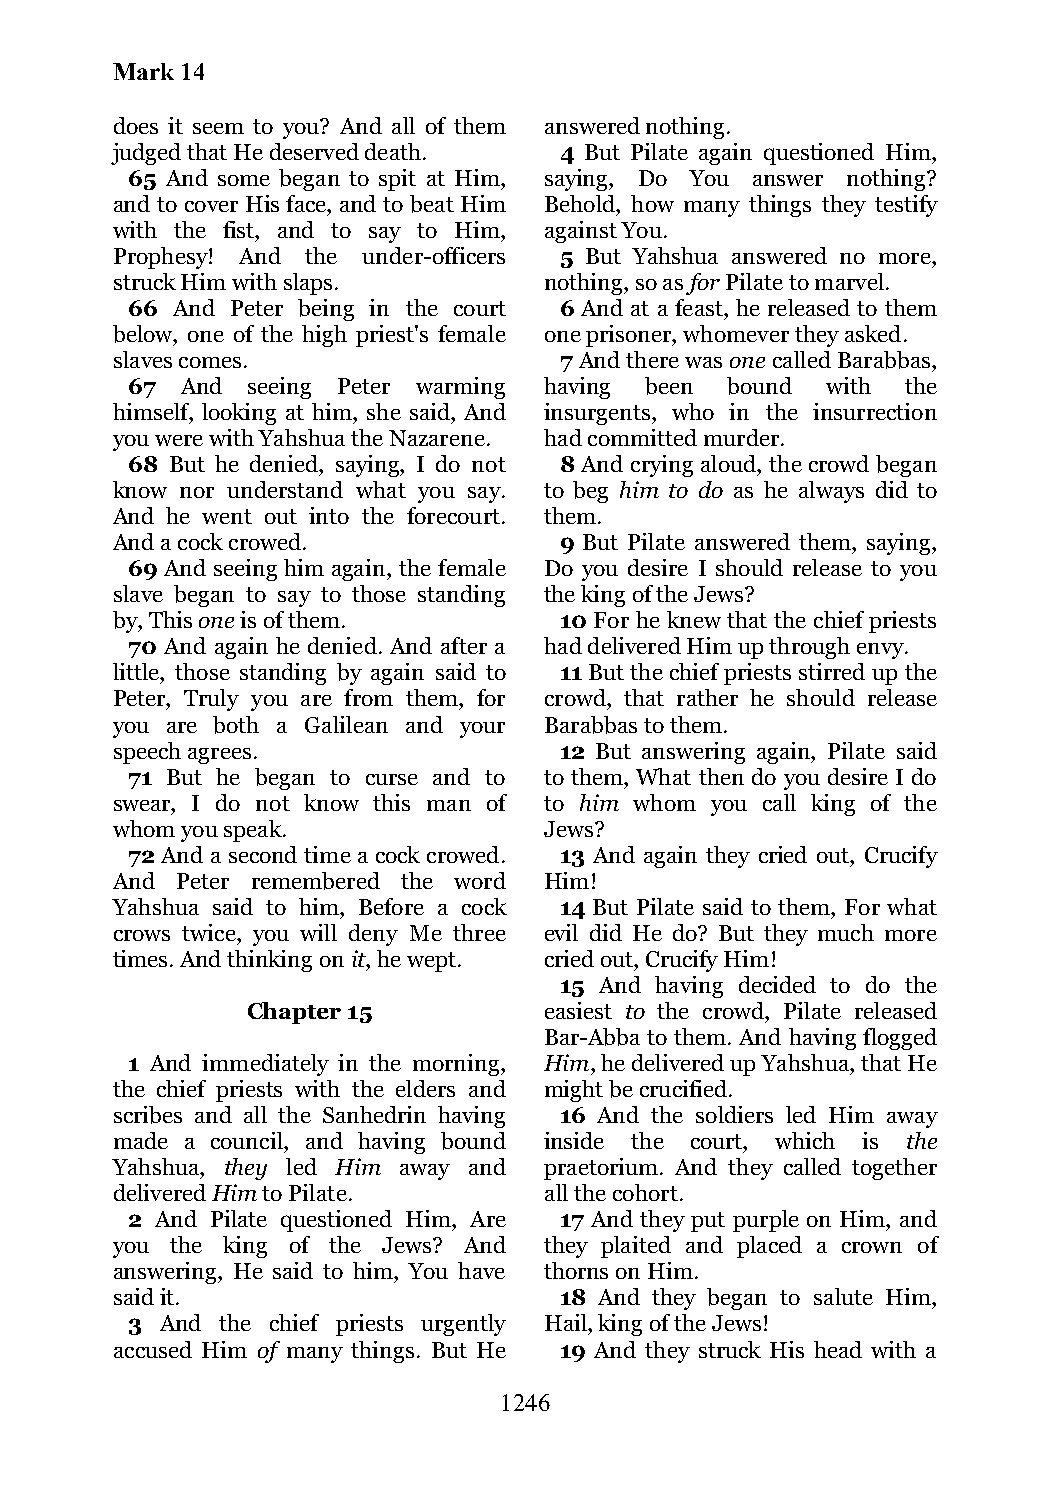
Mark 14
 does it seem to you? And all of them answered nothing.
 judged that He deserved death. 4 But Pilate again questioned Him,
 65 And some began to spit at Him, saying, Do You answer nothing?
 and to cover His face, and to beat Him Behold, how many things they testify
 with the fist, and to say to Him, against You.
 Prophesy! And the under-officers 5 But Yahshua answered no more,
 struck Him with slaps.       nothing, so as for Pilate to marvel.
 66 And Peter being in the court 6 And at a feast, he released to them
 below, one of the high priest's female one prisoner, whomever they asked.
 slaves comes.                 7 And there was one called Barabbas,
 67  And seeing Peter warming having been bound with the
 himself, looking at him, she said, And insurgents, who in the insurrection
 you were with Yahshua the Nazarene. had committed murder.
 68 But he denied, saying, I do not 8 And crying aloud, the crowd began
 know nor understand what you say. to beg him to do as he always did to
 And he went out into the forecourt. them.
 And a cock crowed.            9 But Pilate answered them, saying,
 69 And seeing him again, the female Do you desire I should release to you
 slave began to say to those standing the king of the Jews?
 by, This one is of them.      10 For he knew that the chief priests
 70 And again he denied. And after a had delivered Him up through envy.
 little, those standing by again said to 11 But the chief priests stirred up the
 Peter, Truly you are from them, for crowd, that rather he should release
 you are both a Galilean and your Barabbas to them.
 speech agrees.                12 But answering again, Pilate said
 71 But he began to curse and to to them, What then do you desire I do
 swear, I do not know this man of to him whom you call king of the
 whom you speak.              Jews?
 72 And a second time a cock crowed. 13 And again they cried out, Crucify
 And  Peter remembered the word Him!
 Yahshua said to him, Before a cock 14 But Pilate said to them, For what
 crows twice, you will deny Me three evil did He do? But they much more
 times. And thinking on it, he wept. cried out, Crucify Him!
 15 And having decided to do the
 Chapter 15          easiest to the crowd, Pilate released
 Bar-Abba to them. And having flogged
 1 And immediately in the morning, Him, he delivered up Yahshua, that He
 the chief priests with the elders and might be crucified.
 scribes and all the Sanhedrin having 16 And the soldiers led Him away
 made a council, and having bound inside the court, which is the
 Yahshua, they led Him away and praetorium. And they called together
 delivered Him to Pilate.     all the cohort.
 2 And Pilate questioned Him, Are 17 And they put purple on Him, and
 you the king of the Jews? And they plaited and placed a crown of
 answering, He said to him, You have thorns on Him.
 said it.                      18 And they began to salute Him,
 3  And the chief priests urgently Hail, king of the Jews!
 accused Him of many things. But He 19 And they struck His head with a
 1246